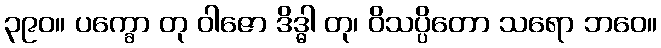
၃၉၀။ ပက္ခော တု ဝါဇော ဒိဒ္ဓါ တု၊ ဝိသပ္ပိတော သရော ဘဝေ။